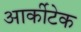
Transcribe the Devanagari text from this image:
आर्कीटेक